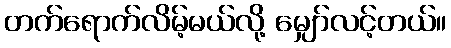
တက်ရောက်လိမ့်မယ်လို့ မျှော်လင့်တယ်။